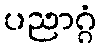
ပညာဂ္ဂံ